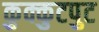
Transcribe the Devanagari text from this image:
कुक्कुटपुट